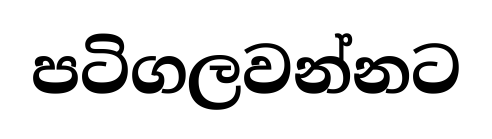
පටිගලවන්නට